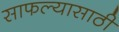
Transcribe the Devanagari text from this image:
साफल्यासाठी